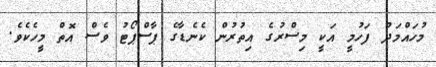
މުހައްމަދު ފަހުމީ އަކީ މިސްރުގެ އިތުރުން ކެނެޑާގެ ޕާސްޕޯޓު ވެސް އޮތް މީހެކެވެ.